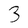
Character: 3